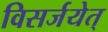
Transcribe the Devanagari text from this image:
विसर्जयेत्